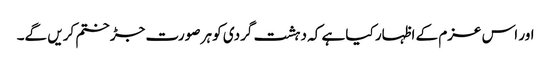
اور اس عزم کے اظہار کیا ہے کہ دہشت گردی کو ہر صورت جڑ ختم کریں گے۔